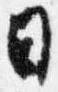
日